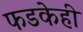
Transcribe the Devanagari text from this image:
फडकेही